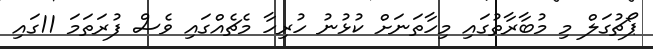
ޕޯޗުގަލް މި މުބާރާތުގައި މިހާތަނަށް ކުޅުނު ހުރިހާ މެޗެއްގައި ވެސް ފުރަތަމަ 11ގައި